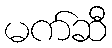
မက်ဆီ